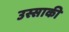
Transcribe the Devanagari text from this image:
उस्साकी